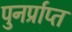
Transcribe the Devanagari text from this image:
पुनर्प्राप्‍त